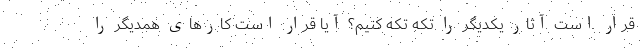
قرار است آثار یکدیگر را تکه تکه کنیم؟ آیا قرار است کارهای همدیگر را